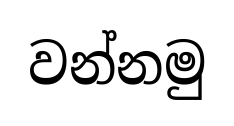
වන්නමු